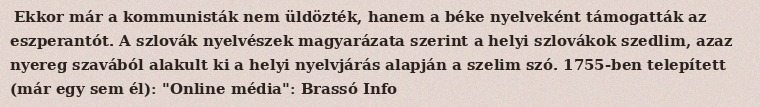
Ekkor már a kommunisták nem üldözték, hanem a béke nyelveként támogatták az eszperantót. A szlovák nyelvészek magyarázata szerint a helyi szlovákok szedlim, azaz nyereg szavából alakult ki a helyi nyelvjárás alapján a szelim szó. 1755-ben telepített (már egy sem él): "Online média": Brassó Info